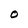
Character: O